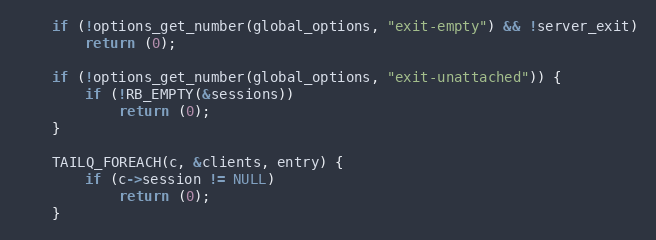
Language: C
	if (!options_get_number(global_options, "exit-empty") && !server_exit)
		return (0);

	if (!options_get_number(global_options, "exit-unattached")) {
		if (!RB_EMPTY(&sessions))
			return (0);
	}

	TAILQ_FOREACH(c, &clients, entry) {
		if (c->session != NULL)
			return (0);
	}